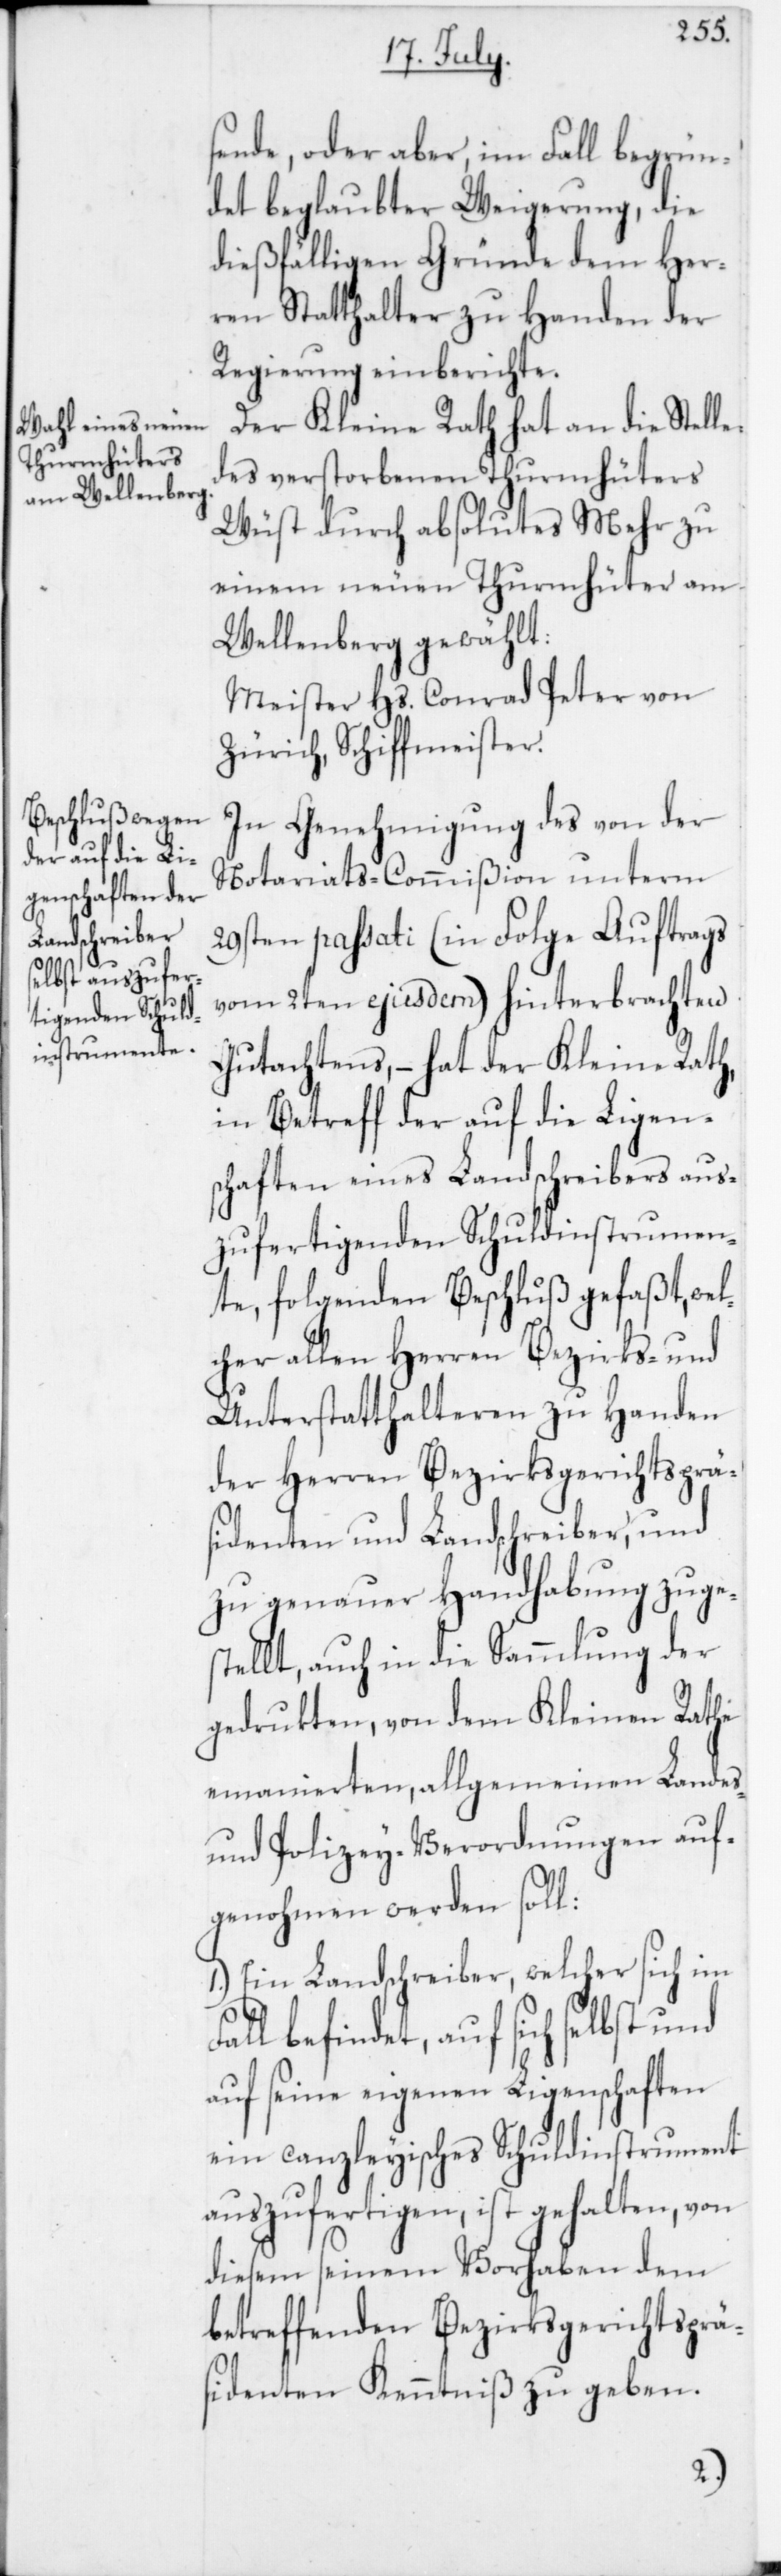
sende, oder aber, im Fall begrün¬
det beglaubter Weigerung, die
dießfälligen Gründe dem Her¬
ren Statthalter zu Handen der
Regierung einberichte.
Der Kleine Rath hat an die Stelle
des verstorbenen Thurnhüters
Wüst durch absolutes Mehr zu
einem neuen Thurnhüter am
Wellenberg gewählt:
Meister Hs. Conrad Peter von
Zürich, Schiffmeister.
In Genehmigung des von der
Notariats-Commißion unterm
29sten passati (in Folge Auftrags
vom 2ten ejusdem) hinterbrachten
Gutachtens, – hat der Kleine Rath
in Betreff der auf die Ligen¬
schaften eines Landschreibers aus¬
zufertigenden Schuldinstrumen¬
te, folgenden Beschluß gefaßt, wel¬
cher allen Herren Bezirks- und
Unterstatthalteren zu Handen
der Herren Bezirksgerichtspräs¬
identen und Landschreiber, und
zu genauer Handhabung zuges¬
tellt, auch in die Sammlung der
gedrukten, von dem Kleinen Rathe
emanierten, allgemeinen Landes-
und Polizey-Verordnungen auf¬
genohmen werden soll:
1. Ein Landschreiber, welcher sich im
all befindet, auf sich selbst und
auf seine eigenen Ligenschaften
ein canzleyisches Schuldinstrument
auszufertigen, ist gehalten, von
diesem seinem Vorhaben dem
betreffenden Bezirksgerichtsprä¬
sidenten Kenntniß zu geben.
F¬